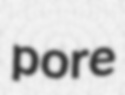
pore